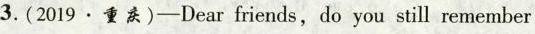
3.(2019.重)-Dear friends,do you still remember